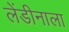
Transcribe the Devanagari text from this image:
लेंडीनाला